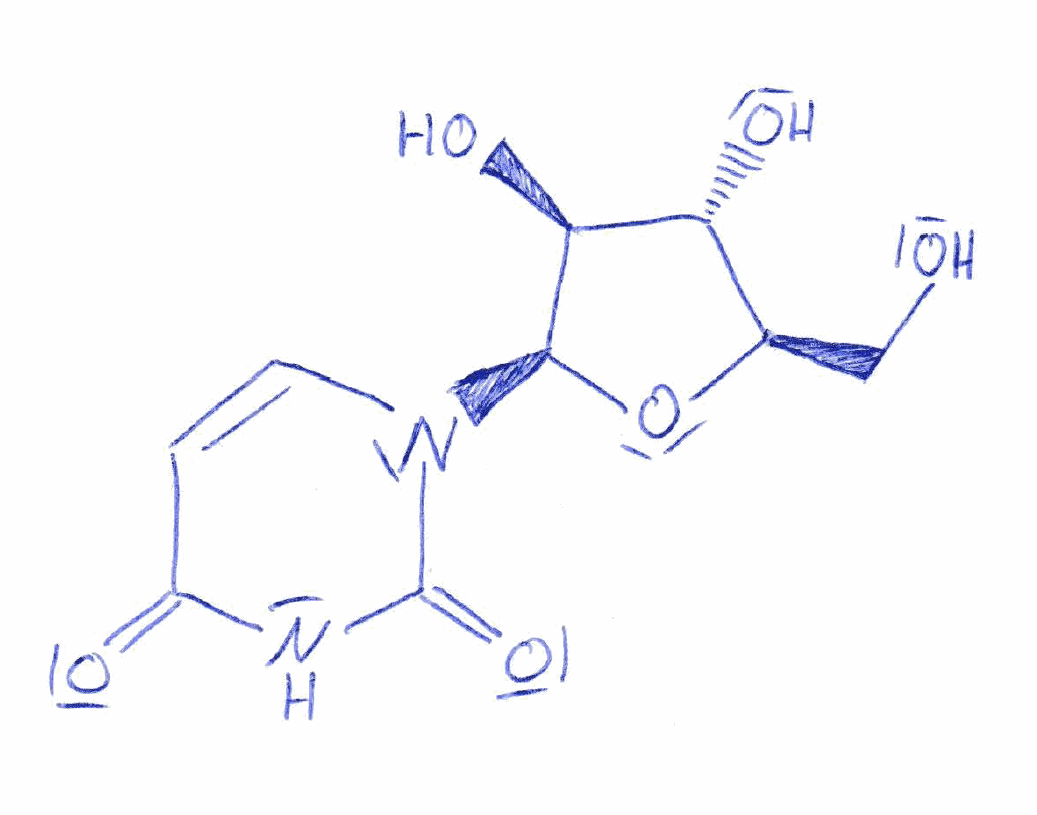
Simplified molecular-input line-entry system (SMILES) notation of the given molecule:
C1=CN(C(=O)NC1=O)[C@H]2[C@H]([C@@H]([C@H](O2)CO)O)O